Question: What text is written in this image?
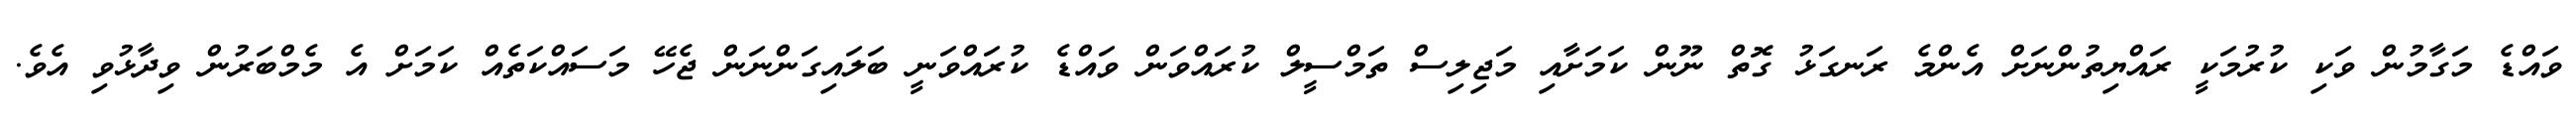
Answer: ވައްޑެ މަގާމުން ވަކި ކުރުމަކީ ރައްޔިތުންނަށް އެންމެ ރަނގަޅު ގޮތް ނޫން ކަމަށާއި މަޖިލިސް ތަމްސީލް ކުރައްވަން ވައްޑެ ކުރައްވަނީ ބަލައިގަންނަން ޖެހޭ މަސައްކަތެއް ކަމަށް އެ މެމްބަރުން ވިދާޅުވި އެވެ.